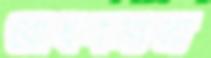
বোধগম্যতা